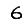
Digit: 6